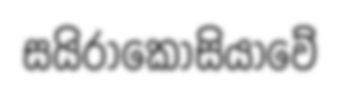
සයිරාකෝසියාවේ